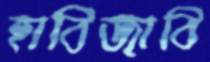
হাবিজাবি